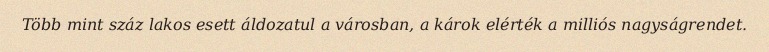
Több mint száz lakos esett áldozatul a városban, a károk elérték a milliós nagyságrendet.